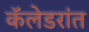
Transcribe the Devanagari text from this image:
कॅलेडरांत